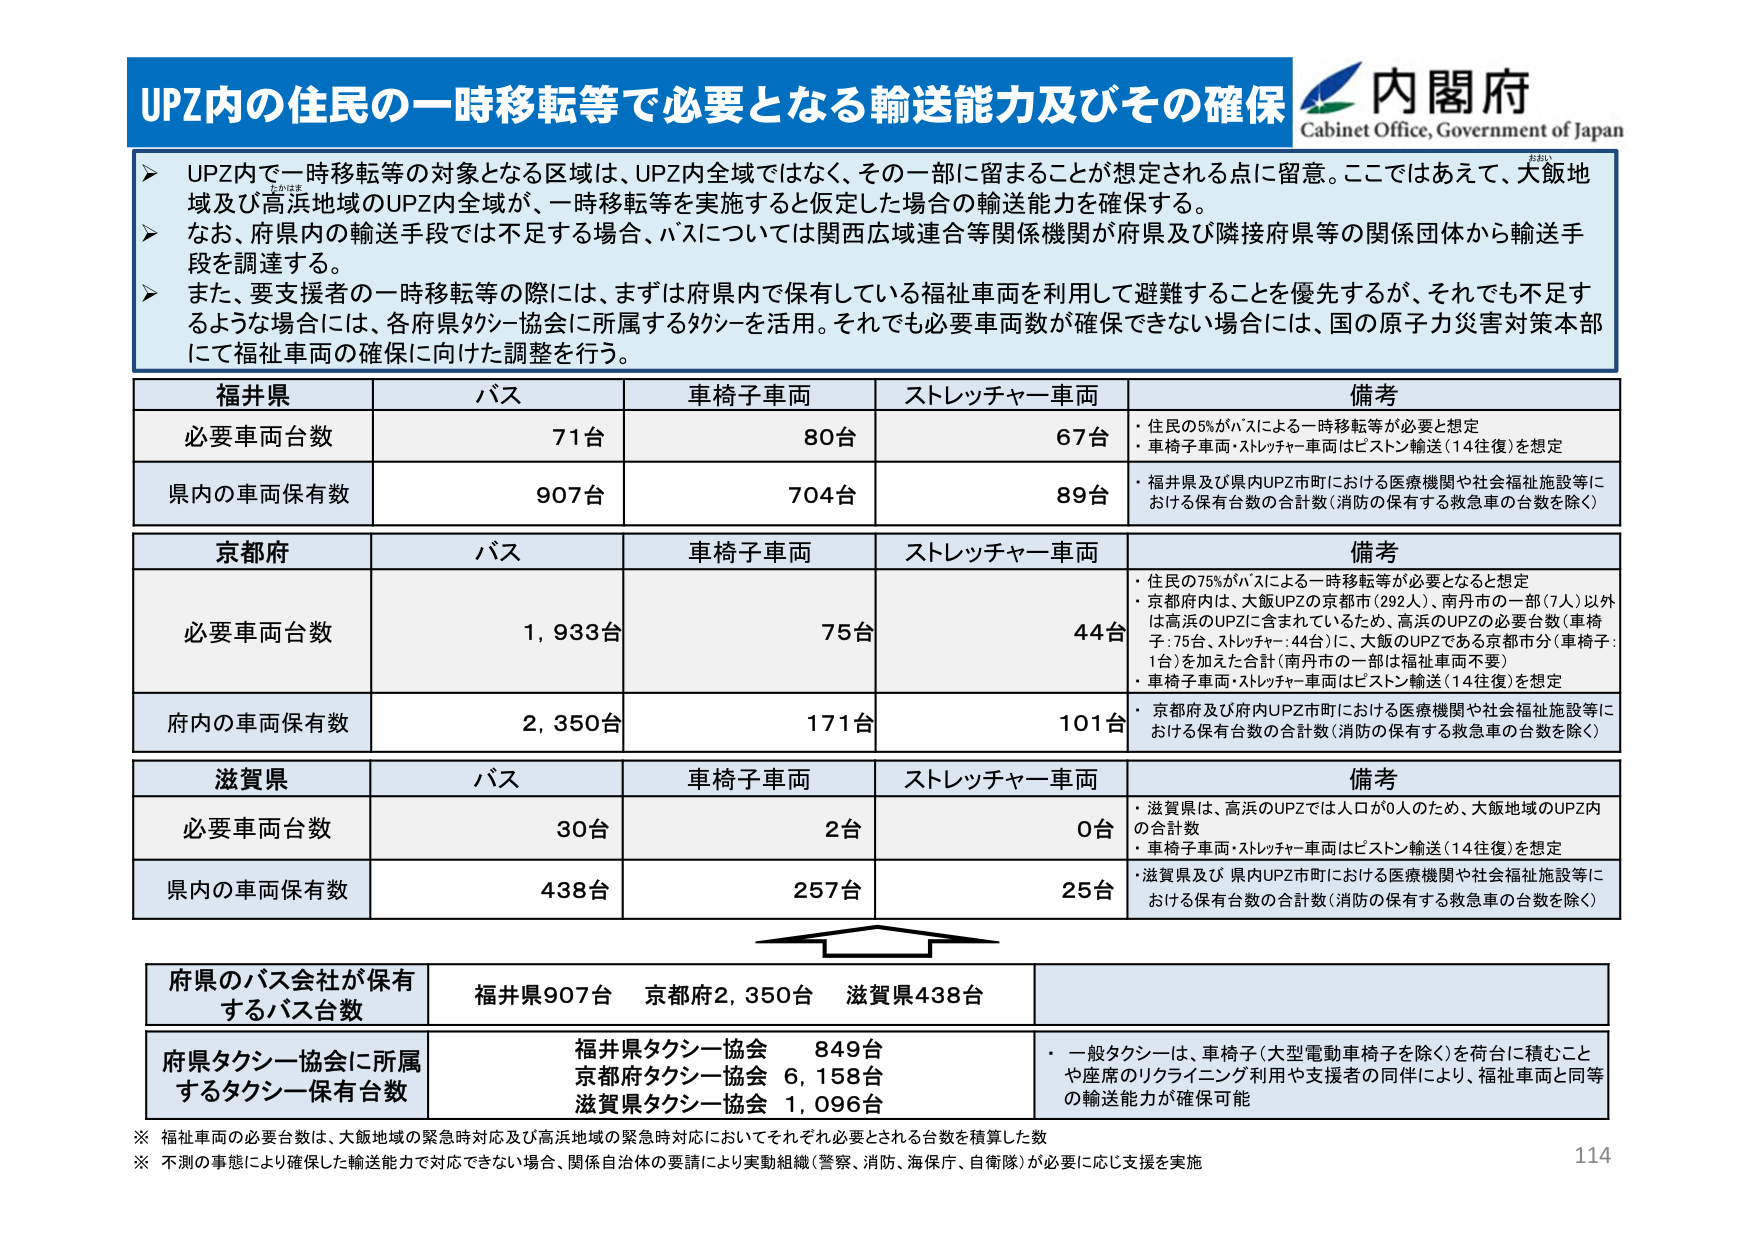
UPZ内の住民の一時移転等で必要となる輸送能力及びその確保
内閣府
Cabinet Office, Government of Japan
➤ UPZ内で一時移転等の対象となる区域は、UPZ内全域ではなく、その一部に留まることが想定される点に留意。ここではあえて、大飯地域及び高浜地域のUPZ内全域が、一時移転等を実施すると仮定した場合の輸送能力を確保する。
➤ なお、府県内の輸送手段では不足する場合、バスについては関西広域連合等関係機関が府県及び隣接府県等の関係団体から輸送手段を調達する。
➤ また、要支援者の一時移転等の際には、まずは府県内で保有している福祉車両を利用して避難することを優先するが、それでも不足するような場合には、各府県タクシー協会に所属するタクシーを活用。それでも必要車両数が確保できない場合には、国の原子力災害対策本部にて福祉車両の確保に向けた調整を行う。
福井県
バス
車椅子車両
ストレッチャー車両
備考
必要車両台数
71台
80台
67台
・住民の5%がバスによる一時移転等が必要と想定
・車椅子車両・ストレッチャー車両はピストン輸送（14往復）を想定
県内の車両保有数
907台
704台
89台
・福井県及び県内UPZ市町における医療機関や社会福祉施設等における保有台数の合計数（消防の保有する救急車の台数を除く）
京都府
バス
車椅子車両
ストレッチャー車両
備考
必要車両台数
1,933台
75台
44台
・住民の75%がバスによる一時移転等が必要となると想定
・京都府内は、大飯UPZの京都市（292人）、南丹市の一部（7人）以外は高浜のUPZに含まれているため、高浜のUPZの必要台数（車椅子：75台、ストレッチャー：44台）に、大飯のUPZである京都市分（車椅子：1台）を加えた合計（南丹市の一部は福祉車両不要）
・車椅子車両・ストレッチャー車両はピストン輸送（14往復）を想定
府内の車両保有数
2,350台
171台
101台
・京都府及び府内UPZ市町における医療機関や社会福祉施設等における保有台数の合計数（消防の保有する救急車の台数を除く）
滋賀県
バス
車椅子車両
ストレッチャー車両
備考
必要車両台数
30台
2台
0台
・滋賀県は、高浜のUPZでは人口が0人のため、大飯地域のUPZ内の合計数
・車椅子車両・ストレッチャー車両はピストン輸送（14往復）を想定
県内の車両保有数
438台
257台
25台
・滋賀県及び県内UPZ市町における医療機関や社会福祉施設等における保有台数の合計数（消防の保有する救急車の台数を除く）
府県のバス会社が保有するバス台数
福井県907台 京都府2,350台 滋賀県438台
府県タクシー協会に所属するタクシー保有台数
福井県タクシー協会 849台
京都府タクシー協会 6,158台
滋賀県タクシー協会 1,096台
・一般タクシーは、車椅子（大型電動車椅子を除く）を荷台に積むことや座席のリクライニング利用や支援者の同伴により、福祉車両と同等の輸送能力が確保可能
※ 福祉車両の必要台数は、大飯地域の緊急時対応及び高浜地域の緊急時対応においてそれぞれ必要とされる台数を積算した数
※ 不測の事態により確保した輸送能力で対応できない場合、関係自治体の要請により実動組織（警察、消防、海保庁、自衛隊）が必要に応じ支援を実施
114